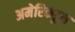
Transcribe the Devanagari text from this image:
अमेरिकडून